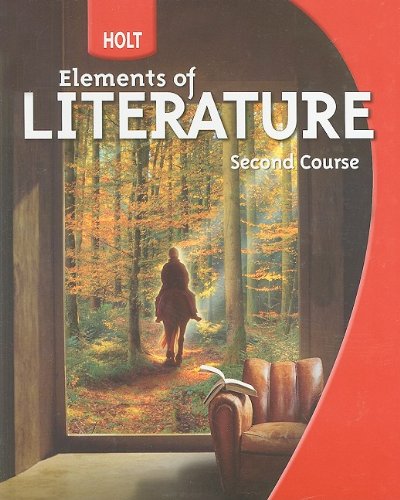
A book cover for Holt Elements of Literature: Student Edition Grade 8 Second Course 2009; RINEHART AND WINSTON HOLT; Teen & Young Adult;